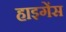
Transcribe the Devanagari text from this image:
हाइगेंस